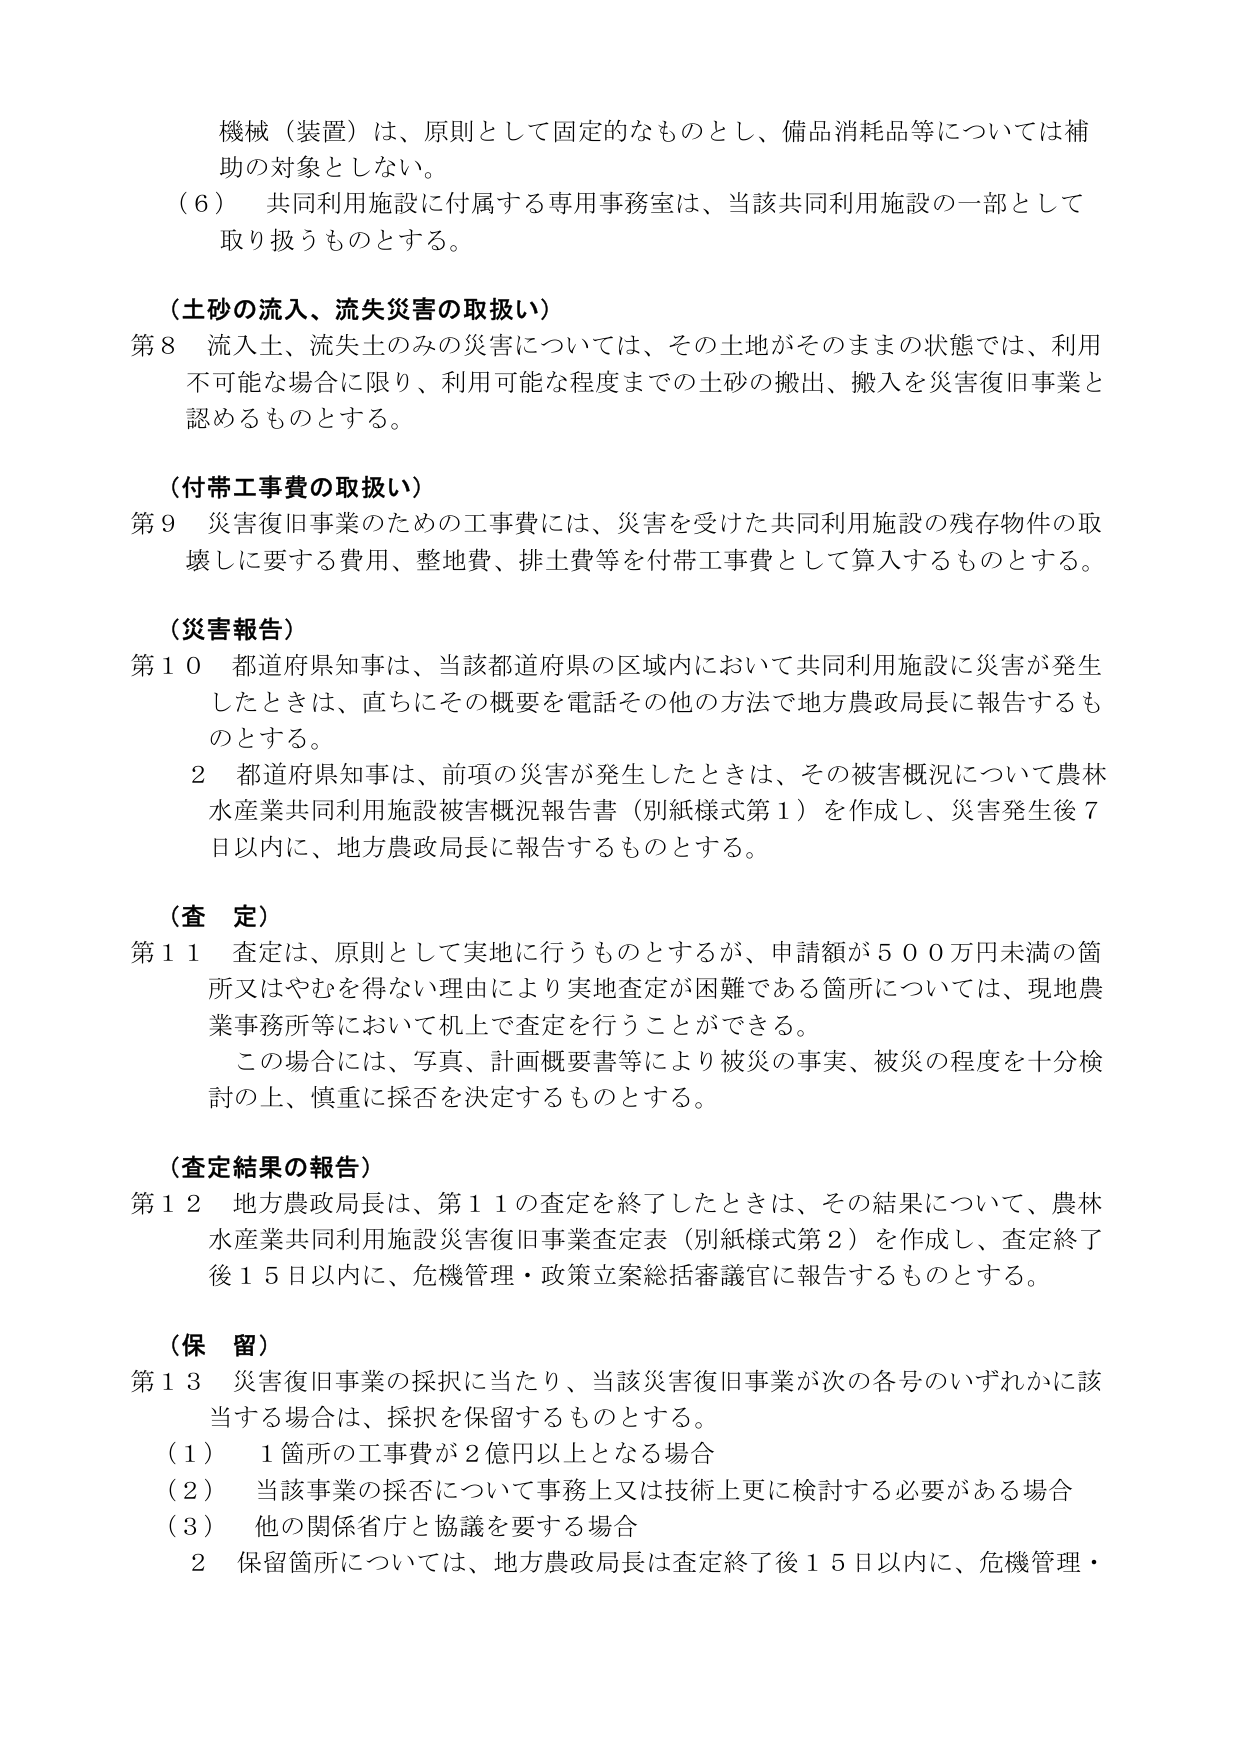
機械（装置）は、原則として固定的なものとし、備品消耗品等については補助の対象としない。

（６） 共同利用施設に付属する専用事務室は、当該共同利用施設の一部として取り扱うものとする。

（土砂の流入、流失災害の取扱い）
第８ 流入土、流失土のみの災害については、その土地がそのままの状態では、利用不可能な場合に限り、利用可能な程度までの土砂の搬出、搬入を災害復旧事業と認めるものとする。

（付帯工事費の取扱い）
第９ 災害復旧事業のための工事費には、災害を受けた共同利用施設の残存物件の取壊しに要する費用、整地費、排土費等を付帯工事費として算入するものとする。

（災害報告）
第１０ 都道府県知事は、当該都道府県の区域内において共同利用施設に災害が発生したときは、直ちにその概要を電話その他の方法で地方農政局長に報告するものとする。
２ 都道府県知事は、前項の災害が発生したときは、その被害概況について農林水産業共同利用施設被害概況報告書（別紙様式第１）を作成し、災害発生後７日以内に、地方農政局長に報告するものとする。

（査定）
第１１ 査定は、原則として実地に行うものとするが、申請額が５００万円未満の箇所又はやむを得ない理由により実地査定が困難である箇所については、現地農業事務所等において机上で査定を行うことができる。
この場合には、写真、計画概要書等により被災の事実、被災の程度を十分検討の上、慎重に採否を決定するものとする。

（査定結果の報告）
第１２ 地方農政局長は、第１１の査定を終了したときは、その結果について、農林水産業共同利用施設災害復旧事業査定表（別紙様式第２）を作成し、査定終了後１５日以内に、危機管理・政策立案総括審議官に報告するものとする。

（保留）
第１３ 災害復旧事業の採択に当たり、当該災害復旧事業が次の各号のいずれかに該当する場合は、採択を保留するものとする。
（１） １箇所の工事費が２億円以上となる場合
（２） 当該事業の採否について事務上又は技術上更に検討する必要がある場合
（３） 他の関係省庁と協議を要する場合
２ 保留箇所については、地方農政局長は査定終了後１５日以内に、危機管理・